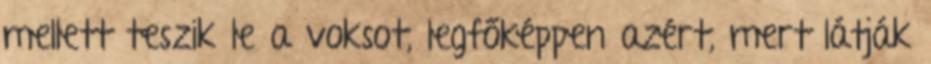
mellett teszik le a voksot, legfőképpen azért, mert látják